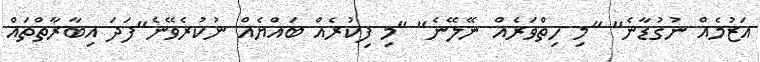
އަޒުމެއް ނުގުޑާނެ" "މި ހިތްވަރެއް ނޭލޭނެ" "މި ފިކުރެއް ބައްޔެއް ނުކުރެވޭނެ"ފަދަ އިބާރާތްތައް